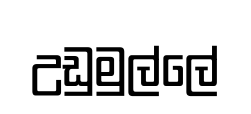
උඩුමුල්ලේ